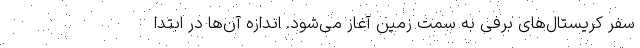
سفر کریستال‌های برفی به سمت زمین آغاز می‌شود. اندازه آن‌ها در ابتدا